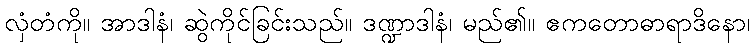
လှံတံကို။ အာဒါနံ၊ ဆွဲကိုင်ခြင်းသည်။ ဒဏ္ဍာဒါနံ၊ မည်၏။ ဧကတောဓာရာဒိနော၊